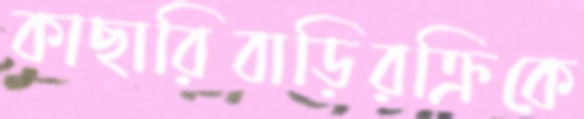
কাছারিবাড়িরক্রিকে